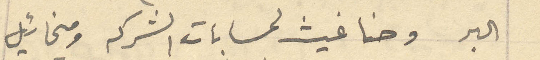
البر وحنا غيث لحسابات الشركه ومخائيل